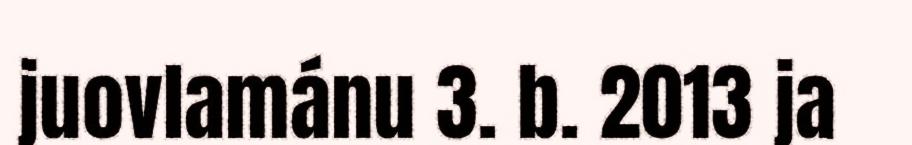
juovlamánu 3. b. 2013 ja